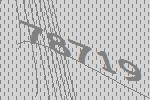
78719